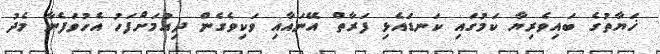
ޚަޔާތުގެ ބައިވެރިޔާ ކަމުގައި ކަނޑައެޅި ފަރާތް އޭނައާއި ވަކިވެގެން ދިއުމަށްފަހު އެހުވަފެނާ މެދު